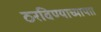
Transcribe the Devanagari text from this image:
ठरविण्याच्यापाा